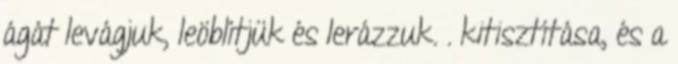
ágát levágjuk, leöblítjük és lerázzuk. . kitisztítása, és a